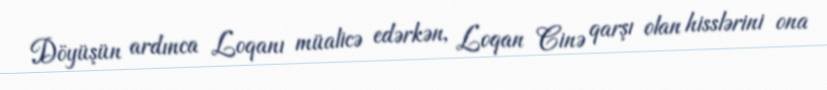
Döyüşün ardınca Loqanı müalicə edərkən, Loqan Cinə qarşı olan hisslərini ona